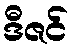
ဒီဇင်